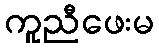
ကူညီဖေးမ